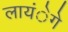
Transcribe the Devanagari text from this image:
लायंेगे